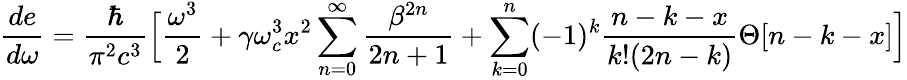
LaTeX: \frac{de}{d\omega}=\frac{\hbar}{\pi^{2}c^{3}}\Big[\frac{\omega^{3}}{2}+\gamma\omega_{c}^{3}x^{2}\sum_{n=0}^{\infty}\frac{\beta^{2n}}{2n+1}+\sum_{k=0}^{n}(-1)^{k}\frac{n-k-x}{k!(2n-k)}\Theta[n-k-x]\Big]